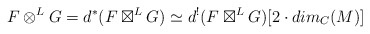
\begin{align*} F\otimes^L G =d^*( F\boxtimes^L G ) \simeq d^!( F\boxtimes^L G )[2\cdot dim_C(M)]\end{align*}